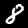
Label: 8